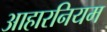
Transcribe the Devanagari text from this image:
आहारनियम